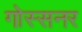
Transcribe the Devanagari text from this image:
गोस्सनर